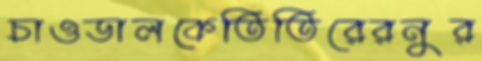
চাওডালকেতিতিরেরনুর